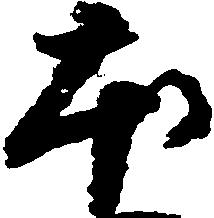
本